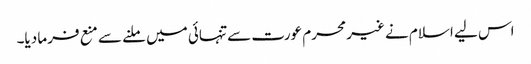
اس لیے اسلام نے غیر محرم عورت سے تنہائی میں ملنے سے منع فرما دیا۔